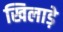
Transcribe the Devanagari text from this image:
खिलाड़े